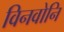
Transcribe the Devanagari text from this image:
विनवोनि